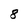
Character: 8